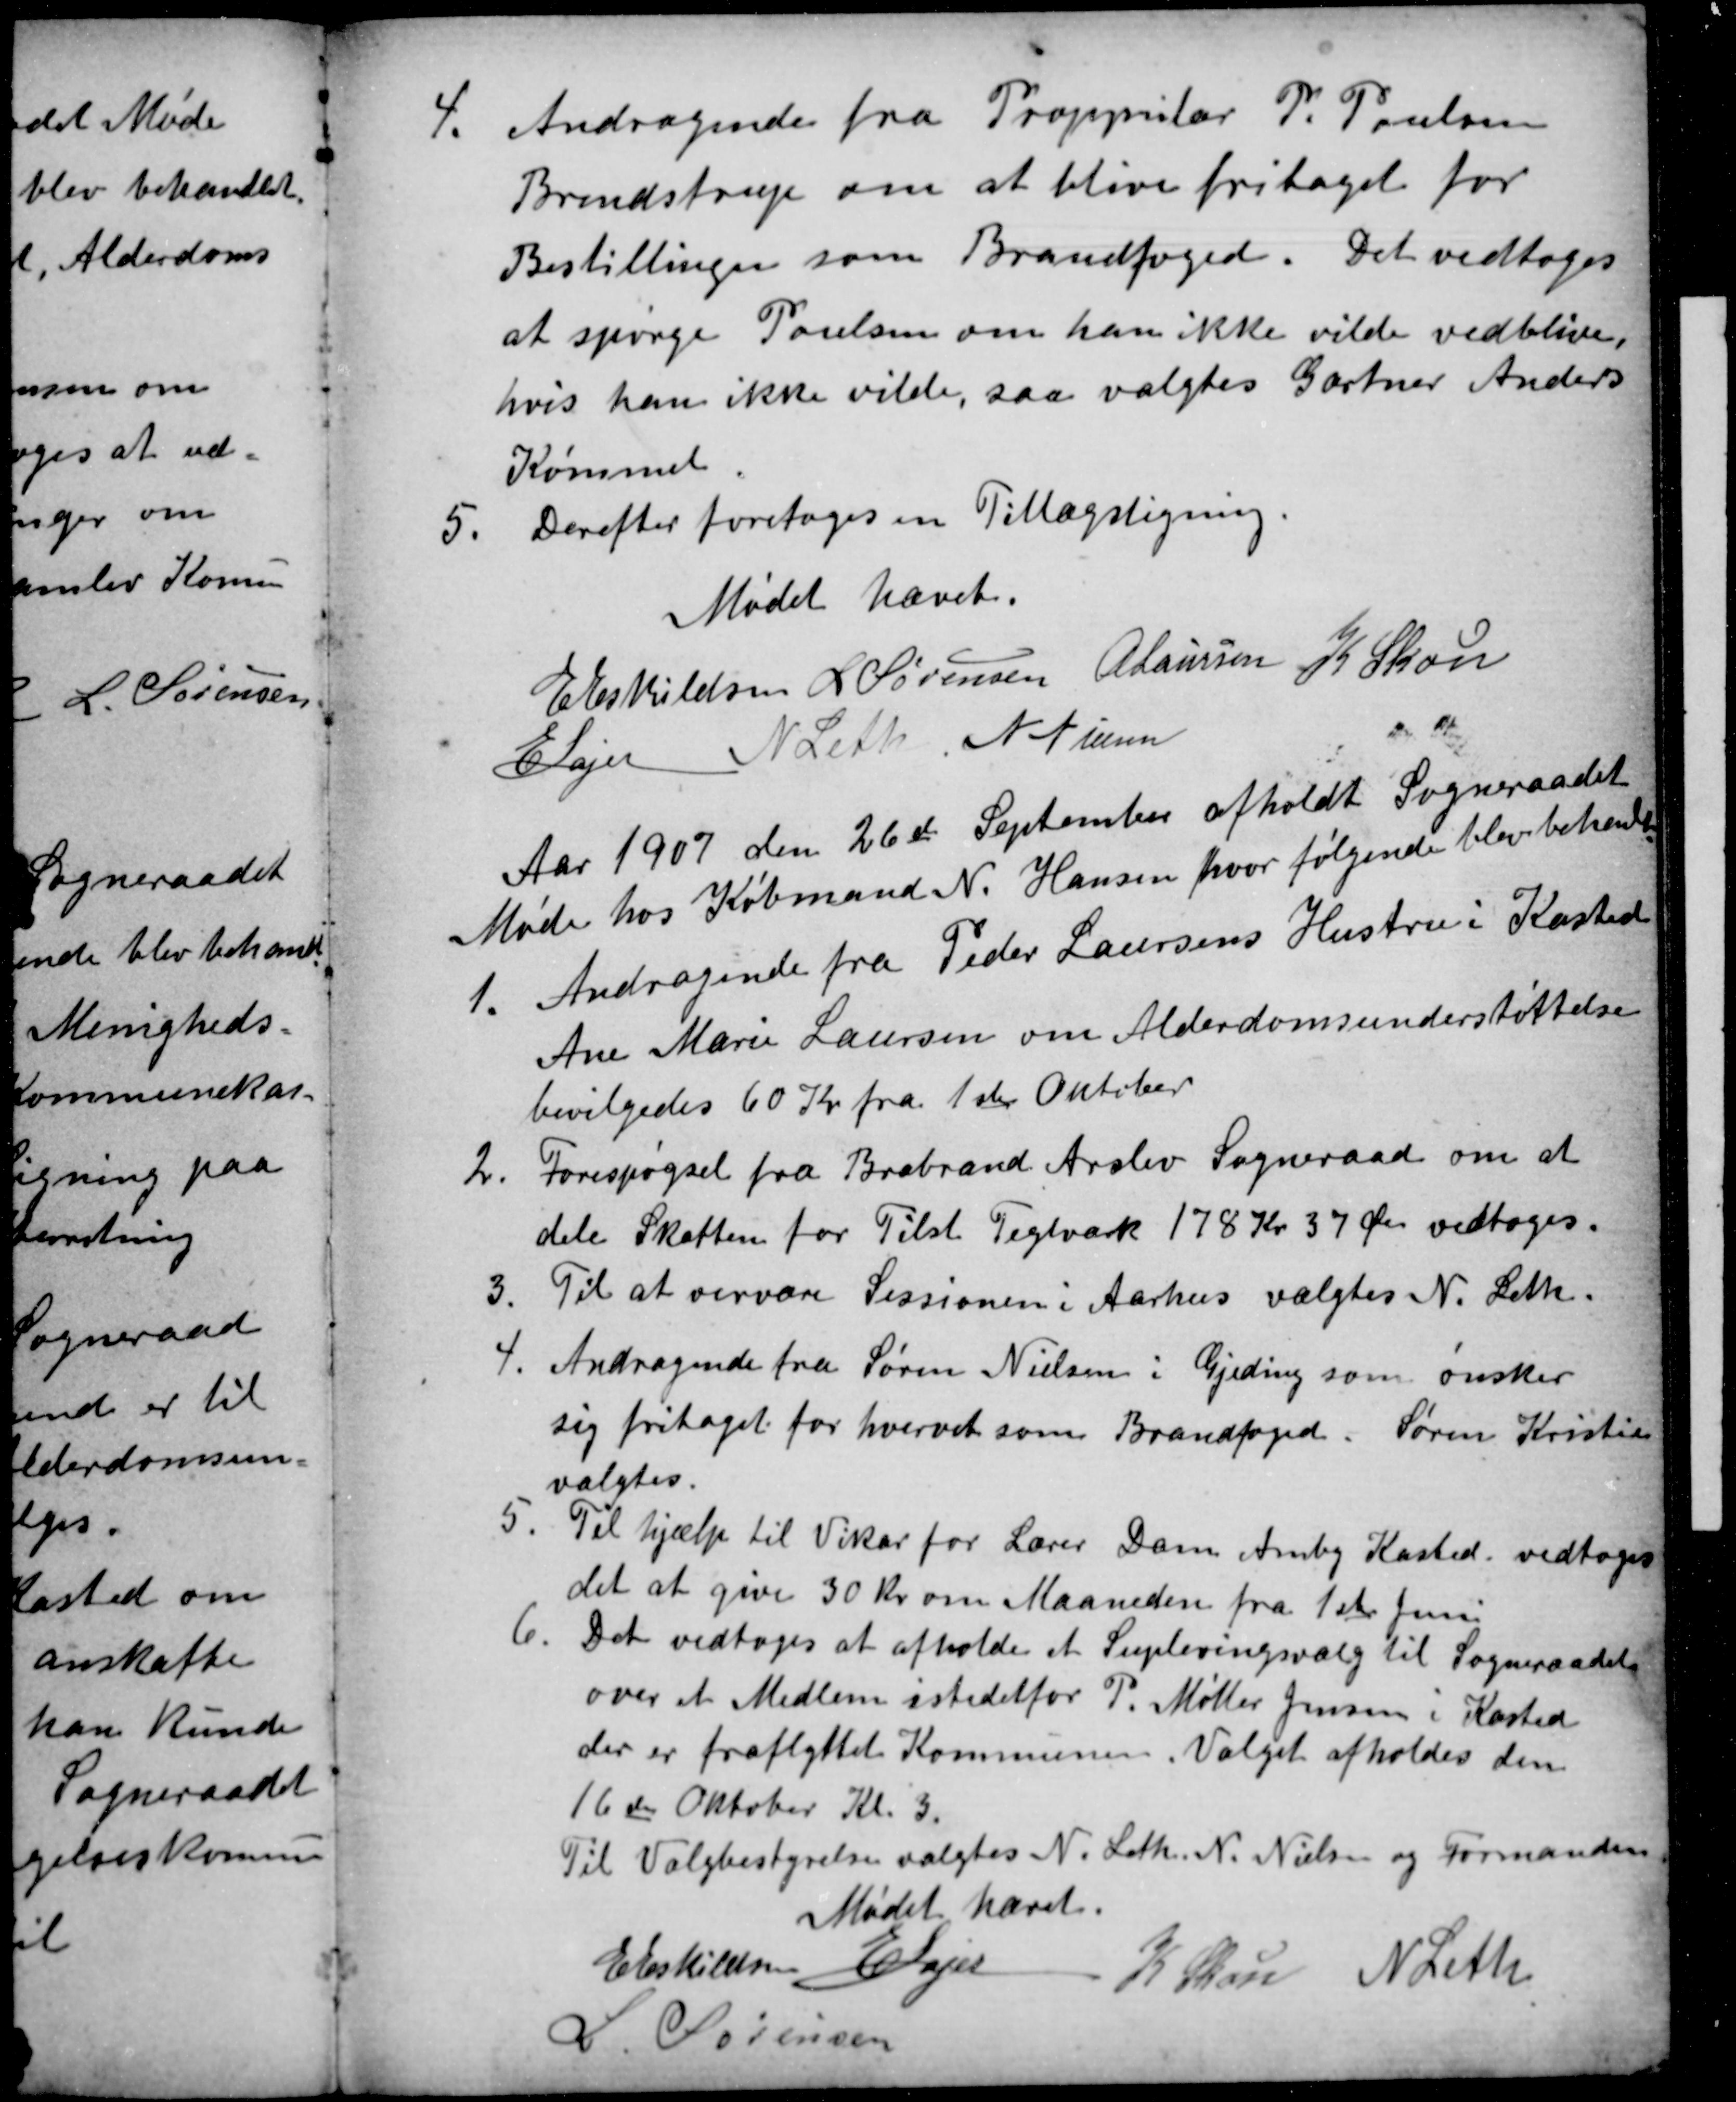
Transskription:
4.
Andragende fra Proppitær P. Poulsen
Brendstrup om at blive fritaget for
Bestillingen som Brandfoged. Det vedtoges
at spørge Poulsen om han ikke vilde vedblive,
hvis han ikke vilde, saa valgtes Gartner Anders
Kømmel.
5.
Derefter foretoges en Tillægsligning.
Mødet hævet.
E Eskildsen L Sørensen A Laursen K. Skou
E Lajer
N Leth N. Nielsen
Aar 1907 den 26de September afholdt Sogneraadet
Møde hos Købmand N. Hansen, hvor følgende blev behandl.
1.
Andragende fra Peder Laursens Hustru i Kasted
Ane Marie Laursen om Alderdomsunderstøttelse
bevilgedes 60 Kr fra 1ste Oktober
2
Forespørgsel fra Brabrand Arslev Sogneraad om at
dele Skatten for Tilst Teglværk 178 Kr 37 Øre vedtoges.
3.
Til at oervære Sessionen i Aarhus valgtes N. Leth.
4.
Andragende fra Søren Nielsen i Gjeding som ønsker
sig fritaget for hvervet som Brandfoged. Søren Kristian
valgtes.
5.
Til hjælp til Vikar for Lærer Dam Amby Kasted vedtoges
det at give 30 Kr om Maaneden fra 1st Juni
6.
Det vedtoges at afholde et Supleringsvalg til Sogneraadet
over et Medlem istedetfor P. Møller Jensen i Kasted
der er fraflyttet Kommunen. Valget afholdes den
16de Oktober Kl. 3.
Til Valgbestyrelse valgtes N. Leth. N. Nielsen og Formanden.
Mødet hævet.
E Eskildsen E Lajer
K Skou N Leth
L. Sørensen